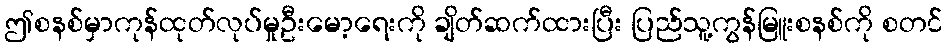
ဤစနစ်မှာကုန်ထုတ်လုပ်မှုဦးမော့ရေးကို ချိတ်ဆက်ထားပြီး ပြည်သူ့ကွန်မြူးစနစ်ကို စတင်